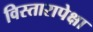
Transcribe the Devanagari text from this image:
विस्तारापेक्षा